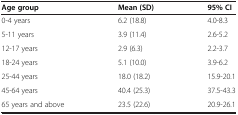
<table><thead><tr><td><b>Age group</b></td><td><b>Mean (SD)</b></td><td><b>95% CI</b></td></tr></thead><tbody><tr><td>0-4 years</td><td>6.2 (18.8)</td><td>4.0-8.3</td></tr><tr><td>5-11 years</td><td>3.9 (11.4)</td><td>2.6-5.2</td></tr><tr><td>12-17 years</td><td>2.9 (6.3)</td><td>2.2-3.7</td></tr><tr><td>18-24 years</td><td>5.1 (10.0)</td><td>3.9-6.2</td></tr><tr><td>25-44 years</td><td>18.0 (18.2)</td><td>15.9-20.1</td></tr><tr><td>45-64 years</td><td>40.4 (25.3)</td><td>37.5-43.3</td></tr><tr><td>65 years and above</td><td>23.5 (22.6)</td><td>20.9-26.1</td></tr></tbody></table>